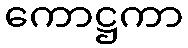
ကောဋ္ဌကာ